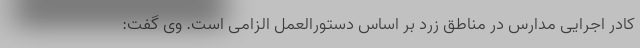
کادر اجرایی مدارس در مناطق زرد بر اساس دستورالعمل الزامی است. وی گفت: